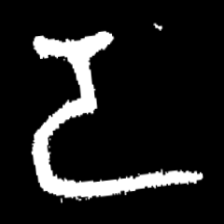
Pyu character \u2014 Myanmar letter: ဒ (romanized: da)